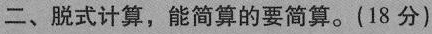
二、脱式计算，能简算的要简算。(18分)